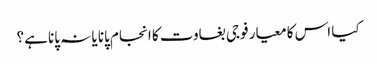
کیا اس کا معیار فوجی بغاوت کا انجام پانا یا نہ پانا ہے؟